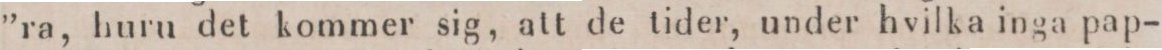
”ra, huru det kommer sig, att de tider, under hvilka inga pap-